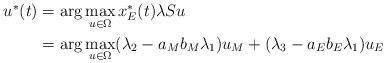
LaTeX: \begin{align*} \begin{aligned} u^\ast(t) &= \arg \max_{u \in \Omega} x_E^\ast(t) \lambda S u \\ &= \arg \max_{u \in \Omega} (\lambda_2 - a_M b_M \lambda_1) u_M + (\lambda_3 - a_E b_E \lambda_1) u_E \end{aligned}\end{align*}